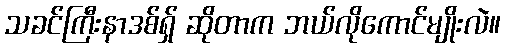
သခင်ကြီးနာဒစ်ရှ် ဆိုတာက ဘယ်လိုကောင်မျိုးလဲ။